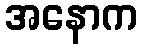
အနောက